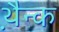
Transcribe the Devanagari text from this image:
थ़ैन्क